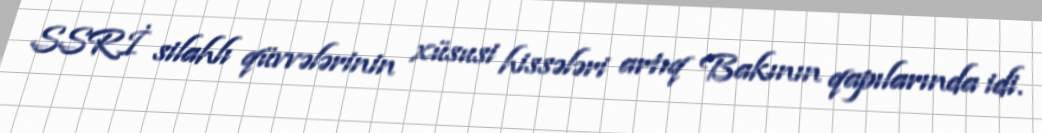
SSRİ silahlı qüvvələrinin xüsusi hissələri artıq Bakının qapılarında idi.